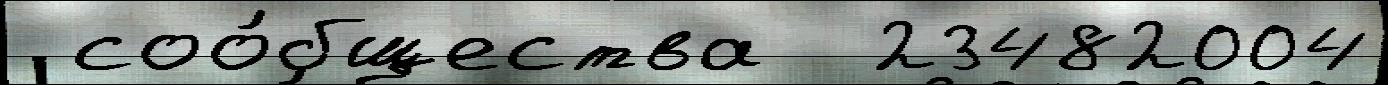
 соо́бщества  23482004